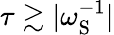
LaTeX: \tau\gtrsim|\omega_{\mathrm{S}}^{-1}|